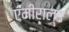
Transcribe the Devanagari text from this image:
एमीराल्ड